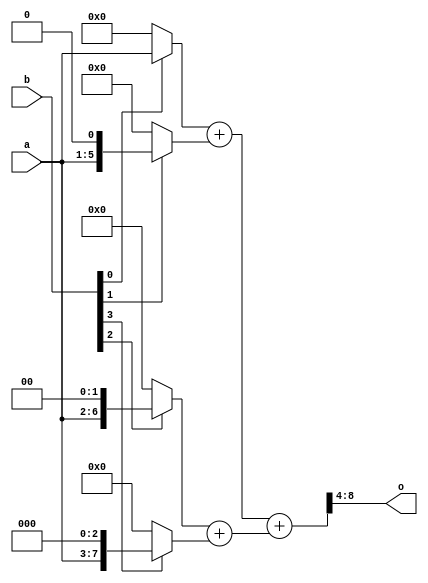
module saa1099_amp_env_mixer (
    input wire [4:0] a,  
    input wire [3:0] b,  
    output wire [4:0] o  
    );
    wire [6:0] res1 = ((b[0] == 1'b1)? a : 5'h00)         + ((b[1] == 1'b1)? {a,1'b0} : 6'h00);  
    wire [8:0] res2 = ((b[2] == 1'b1)? {a,2'b00} : 7'h00) + ((b[3] == 1'b1)? {a,3'b000} : 8'h00);
    wire [8:0] res3 = res1 + res2;
    assign o = res3[8:4];
endmodule